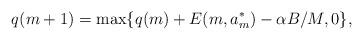
LaTeX: \begin{align*}q(m+1) = \max \{q(m) + E(m, a_m^*) - \alpha B/M, 0\},\end{align*}